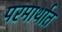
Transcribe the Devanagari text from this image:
परमार्थात